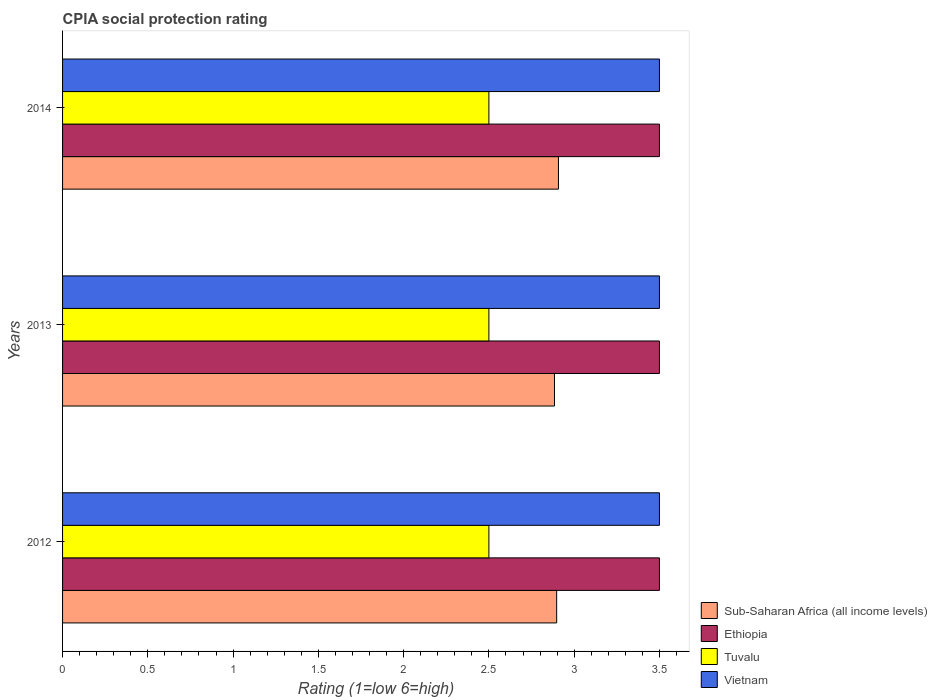
| Years | Sub-Saharan Africa (all income levels) | Ethiopia | Tuvalu | Vietnam |
 | --- | --- | --- | --- | --- |
 | 2012 | 2.9 | 3.5 | 2.5 | 3.5 |
 | 2013 | 2.88 | 3.5 | 2.5 | 3.5 |
 | 2014 | 2.91 | 3.5 | 2.5 | 3.5 |